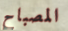
المصباح